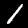
Digit: 1